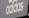
adidas